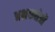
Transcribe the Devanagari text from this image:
अभ्रकक्षेत्रों